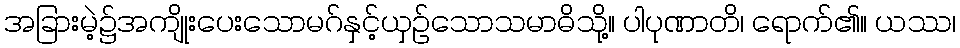
အခြားမဲ့၌အကျိုးပေးသောမဂ်နှင့်ယှဉ်သောသမာဓိသို့။ ပါပုဏာတိ၊ ရောက်၏။ ယဿ၊